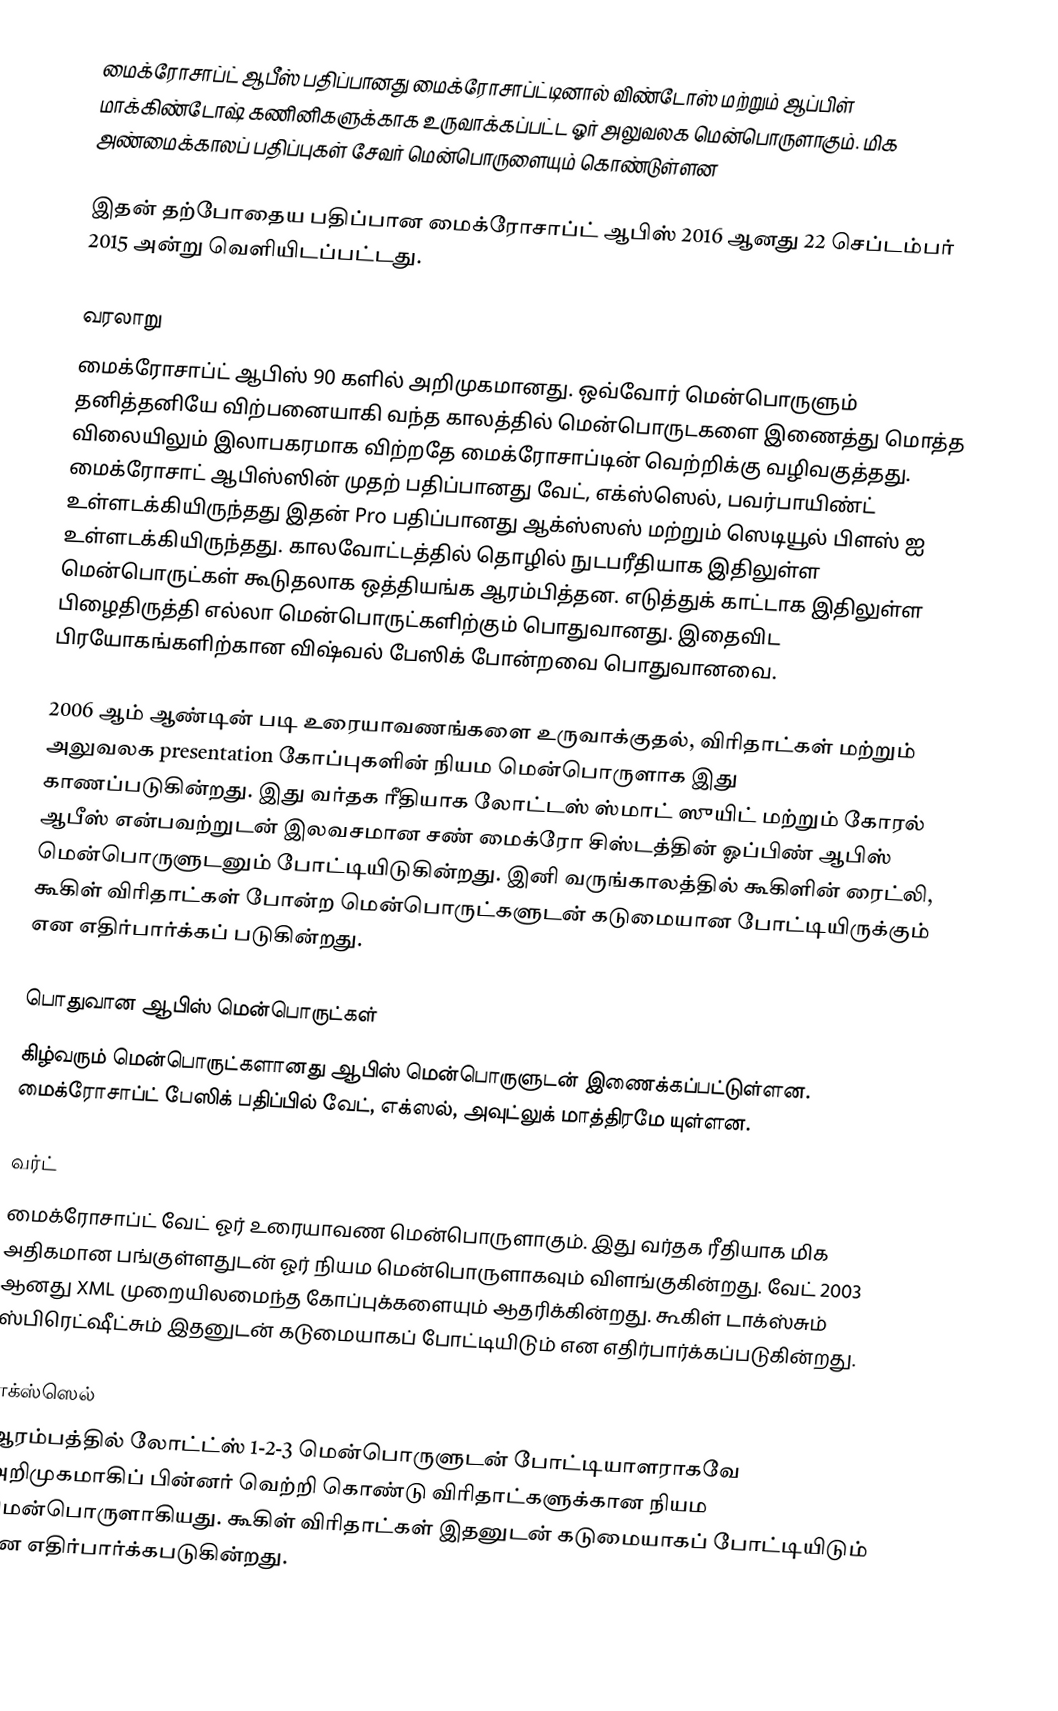
மைக்ரோசாப்ட் ஆபீஸ் பதிப்பானது மைக்ரோசாப்ட்டினால் விண்டோஸ் மற்றும் ஆப்பிள் மாக்கிண்டோஷ் கணினிகளுக்காக உருவாக்கப்பட்ட ஓர் அலுவலக மென்பொருளாகும். மிக அண்மைக்காலப் பதிப்புகள் சேவர் மென்பொருளையும் கொண்டுள்ளன

இதன் தற்போதைய பதிப்பான மைக்ரோசாப்ட் ஆபிஸ் 2016 ஆனது  22 செப்டம்பர் 2015 அன்று வெளியிடப்பட்டது.

வரலாறு
மைக்ரோசாப்ட் ஆபிஸ் 90 களில் அறிமுகமானது. ஒவ்வோர் மென்பொருளும் தனித்தனியே விற்பனையாகி வந்த காலத்தில் மென்பொருடகளை இணைத்து மொத்த விலையிலும் இலாபகரமாக விற்றதே மைக்ரோசாப்டின் வெற்றிக்கு வழிவகுத்தது. மைக்ரோசாட் ஆபிஸ்ஸின் முதற் பதிப்பானது வேட், எக்ஸ்ஸெல், பவர்பாயிண்ட் உள்ளடக்கியிருந்தது இதன் Pro பதிப்பானது ஆக்ஸ்ஸஸ் மற்றும் ஸெடியூல் பிளஸ் ஐ உள்ளடக்கியிருந்தது. காலவோட்டத்தில் தொழில் நுடபரீதியாக இதிலுள்ள மென்பொருட்கள் கூடுதலாக ஒத்தியங்க ஆரம்பித்தன. எடுத்துக் காட்டாக இதிலுள்ள பிழைதிருத்தி எல்லா மென்பொருட்களிற்கும் பொதுவானது. இதைவிட பிரயோகங்களிற்கான விஷ்வல் பேஸிக் போன்றவை பொதுவானவை.

2006 ஆம் ஆண்டின் படி உரையாவணங்களை உருவாக்குதல், விரிதாட்கள் மற்றும் அலுவலக presentation கோப்புகளின் நியம மென்பொருளாக இது காணப்படுகின்றது. இது வர்தக ரீதியாக லோட்டஸ் ஸ்மாட் ஸுயிட் மற்றும் கோரல் ஆபீஸ் என்பவற்றுடன் இலவசமான சண் மைக்ரோ சிஸ்டத்தின் ஓப்பிண் ஆபிஸ் மென்பொருளுடனும் போட்டியிடுகின்றது. இனி வருங்காலத்தில் கூகிளின் ரைட்லி, கூகிள் விரிதாட்கள் போன்ற மென்பொருட்களுடன் கடுமையான போட்டியிருக்கும் என எதிர்பார்க்கப் படுகின்றது.

பொதுவான ஆபிஸ் மென்பொருட்கள்
கிழ்வரும் மென்பொருட்களானது ஆபிஸ் மென்பொருளுடன் இணைக்கப்பட்டுள்ளன. மைக்ரோசாப்ட் பேஸிக் பதிப்பில் வேட், எக்ஸல், அவுட்லுக் மாத்திரமே யுள்ளன.

வர்ட்
மைக்ரோசாப்ட் வேட் ஓர் உரையாவண மென்பொருளாகும். இது வர்தக ரீதியாக மிக அதிகமான பங்குள்ளதுடன் ஓர் நியம மென்பொருளாகவும் விளங்குகின்றது. வேட் 2003 ஆனது XML முறையிலமைந்த கோப்புக்களையும் ஆதரிக்கின்றது. கூகிள் டாக்ஸ்சும் ஸ்பிரெட்ஷீட்சும் இதனுடன் கடுமையாகப் போட்டியிடும் என எதிர்பார்க்கப்படுகின்றது.

எக்ஸ்ஸெல்
ஆரம்பத்தில் லோட்ட்ஸ் 1-2-3 மென்பொருளுடன் போட்டியாளராகவே அறிமுகமாகிப் பின்னர் வெற்றி கொண்டு விரிதாட்களுக்கான நியம மென்பொருளாகியது. கூகிள் விரிதாட்கள் இதனுடன் கடுமையாகப் போட்டியிடும் என எதிர்பார்க்கபடுகின்றது.